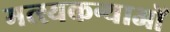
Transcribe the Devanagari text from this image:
मत्स्यकन्याओं